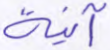
آنية